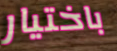
باختيار